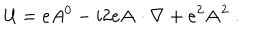
{ \cal U } = e A ^ { 0 } - i 2 e { \bf A \cdot \nabla } + e ^ { 2 } { \bf A } ^ { 2 } \; .